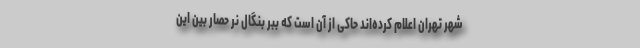
شهر تهران اعلام کرده‌اند حاکی از آن است که ببر بنگال نر حصار بین این